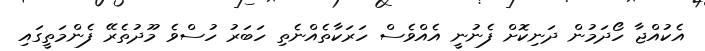
އެކުއްޖާ ހޯދަމުން ދަނިކޮށް ފެނުނީ އެއްވެސް ހަރަކާތެއްނެތި ހަބަރު ހުސްވެ މޫދުތެރޭ ފެންމަތީގައި